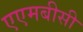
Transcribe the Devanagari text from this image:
एएमबीसी